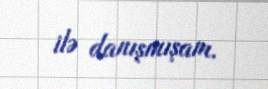
ilə danışmışam.